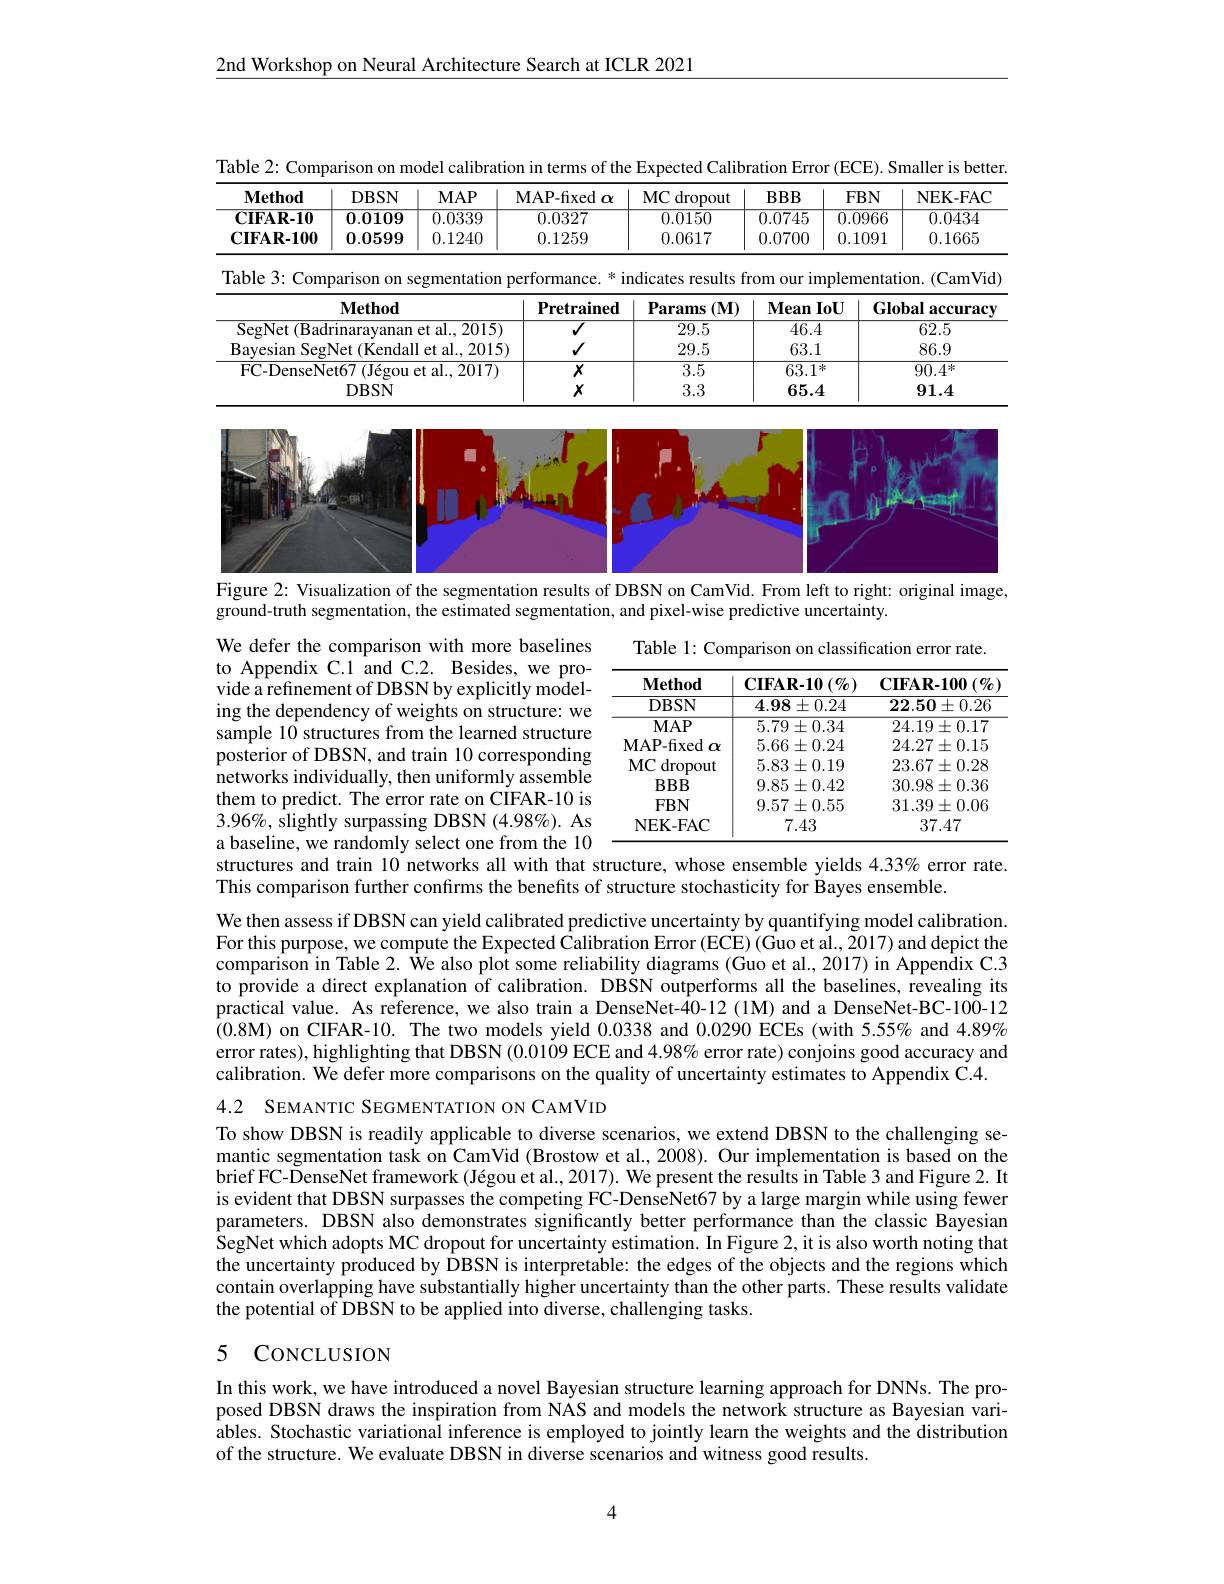
2nd Workshop on Neural Architecture Search at ICLR 2021

Table 2: Comparison on model calibration in terms of the Expected Calibration Error (ECE). Smaller is better.
<table>
	<tbody>
		<tr>
			<th>$\mathbf{Method}$</th>
			<th>DBSN</th>
			<th>$MAP$</th>
			<th>MAP- fixed $\alpha$</th>
			<th>$MC$ $\operatorname{dropout}$</th>
			<th>$BBB$</th>
			<th>$FBN$</th>
			<th>NEK- FAC</th>
		</tr>
		<tr>
			<td>$\mathbf{CIFAR-10}$</td>
			<td>$\mathbf{0.0109}$</td>
			<td>0.0339</td>
			<td>0.0327</td>
			<td>0.0150</td>
			<td>0.0745</td>
			<td>$\overline{0.0966}$</td>
			<td>0.0434</td>
		</tr>
		<tr>
			<td>$\mathbf{CIFAR-100}$</td>
			<td>$\mathbf{0.0599}$</td>
			<td>0.1240</td>
			<td>0.1259</td>
			<td>0.0617</td>
			<td>0.0700</td>
			<td>0.1091</td>
			<td>0.1665</td>
		</tr>
		<tr>
			<td>Table 3: Com</td>
			<td>parison on Y</td>
			<td>egmentation</td>
			<td>erformance. 米 1</td>
			<td>ndicates results f</td>
			<td>$im$ rom Our</td>
			<td>plementa</td>
			<td>.(CamVid) $ion.$</td>
		</tr>
		<tr>
			<td colspan="3">$\mathbf{Method}$</td>
			<td>$\mathbf{Pretrained}$</td>
			<td>Params $(\mathbf{M})$</td>
			<td>Mean $Iu$</td>
			<td>$\mathbf{Gl}.$ $j\mathbf{U}$</td>
			<td>bal $\mathbf{accuracv}$</td>
		</tr>
		<tr>
			<td colspan="3">SegNet (Badrinarayanan et al., 2015)</td>
			<td>$\overline{V}$</td>
			<td>29.5</td>
			<td>46.4</td>
			<td> </td>
			<td>62.5</td>
		</tr>
		<tr>
			<td colspan="3">$\angle\angle D$ $\Psi_{1}\downarrow$ 2018</td>
			<td>$√$</td>
			<td>29.5</td>
			<td>63.1</td>
			<td> </td>
			<td>86.9</td>
		</tr>
		<tr>
			<td colspan="3">FC-DenseNet67(Ié $\mathop{\mathrm{l~et~al.2017)}}$</td>
			<td>$X$</td>
			<td>3.5</td>
			<td>63.1 1:</td>
			<td> </td>
			<td>$90.4^{*}$</td>
		</tr>
		<tr>
			<td colspan="3">DBSN</td>
			<td>$X$</td>
			<td>3.3</td>
			<td>65.4</td>
			<td> </td>
			<td>91.4</td>
		</tr>
	</tbody>
</table>

<FigureHere>
Figure 2: Visualization of the segmentation results of DBSN on CamVid. From left to right: original image,

ground-truth segmentation, the estimated segmentation, and pixel-wise predictive uncertainty.

We defer the comparison with more baselines to Appendix C.1 and C.2. Besides, we provide a refinement of DBSN by explicitly modeling the dependency of weights on structure: we sample 10 structures from the learned structure posterior of DBSN, and train 10 corresponding networks individually, then uniformly assemble them to predict. The error rate on CIFAR-10 is 3.96%, slightly surpassing DBSN (4.98%). As a baseline, we randomly select one from the 10 structures and train 10 networks all with that structure, whose ensemble yields $4.33\%$ error rate.

Table 1: Comparison on classification error rate.
<table>
	<tbody>
		<tr>
			<th>$\mathbf{Method}$</th>
			<th>$\mathbf{CIFAR-10}\left(\%\right)$</th>
			<th>$\mathbf{CIFAR-100}\left(\%\right)$</th>
		</tr>
		<tr>
			<td>DBSN</td>
			<td>$4.98\pm0.24$</td>
			<td>$22.50\pm0.26$</td>
		</tr>
		<tr>
			<td>$MAP$</td>
			<td>$5.79\pm0.34$</td>
			<td>$24.19\pm0.17$</td>
		</tr>
		<tr>
			<td>MAP-fixed $\alpha$</td>
			<td>$5.66\pm0.24$</td>
			<td>$24.27\pm0.15$</td>
		</tr>
		<tr>
			<td>$MC$ dropout </td>
			<td>$5.83\pm0.19$</td>
			<td>$23.67\pm0.28$</td>
		</tr>
		<tr>
			<td>$BBB$</td>
			<td>$9.85\pm0.42$</td>
			<td>$30.98\pm0.36$</td>
		</tr>
		<tr>
			<td>$FBN$</td>
			<td>$9.57\pm0.55$</td>
			<td>$31.39\pm0.06$</td>
		</tr>
		<tr>
			<td>NEK- FAC</td>
			<td>7.43</td>
			<td>37.47</td>
		</tr>
	</tbody>
</table>

This comparison further confirms the benefits of structure stochasticity for Bayes ensemble.

We then assess if DBSN can yield calibrated predictive uncertainty by quantifying model calibration. For this purpose, we compute the Expected Calibration Error (ECE) (Guo et al., 2017) and depict the comparison in Table 2. We also plot some reliability diagrams (Guo et al., 2017) in Appendix C.3 to provide a direct explanation of calibration. DBSN outperforms all the baselines, revealing its practical value. As reference, we also train a DenseNet-40-12(1M) and a DenseNet-BC-100-12 $(0.8\mathbf{M})$ on CIFAR-10. The two models yield 0.0338 and 0.0290 ECEs (with 5.55% and $4.89\%$ error rates), highlighting that DBSN (0.0109 ECE and 4.98% error rate) conjoins good accuracy and calibration. We defer more comparisons on the quality of uncertainty estimates to Appendix C.4.

4.2 SEMANTIC SEGMENTATION ON CAMVID

To show DBSN is readily applicable to diverse scenarios, we extend DBSN to the challenging semantic segmentation task on CamVid (Brostow et al., 2008). Our implementation is based on the brief FC- ĎenseNet framework (Jégou et al., 2017). We present the results in Table 3 and Figure 2. It is evident that DBSN surpasses the competing FC-DenseNet67 by a large margin while using fewer parameters. DBSN also demonstrates significantly better performance than the classic Bayesian SegNet which adopts MC dropout for uncertainty estimation. In Figure 2, it is also worth noting that the uncertainty produced by DBSN is interpretable: the edges of the objects and the regions which contain overlapping have substantially higher uncertainty than the other parts. These results validate the potential of DBSN to be applied into diverse, challenging tasks.

## 5 CoNCLUSION

In this work, we have introduced a novel Bayesian structure learning approach for DNNs. The proposed DBSN draws the inspiration from NAS and models the network structure as Bayesian variables. Stochastic variational inference is employed to jointly learn the weights and the distribution of the structure. We evaluate DBSN in diverse scenarios and witness good results.

4